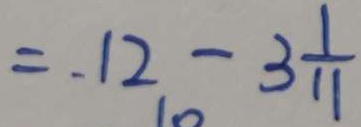
= - 1 2 - 3 \frac { 1 } { 1 1 }